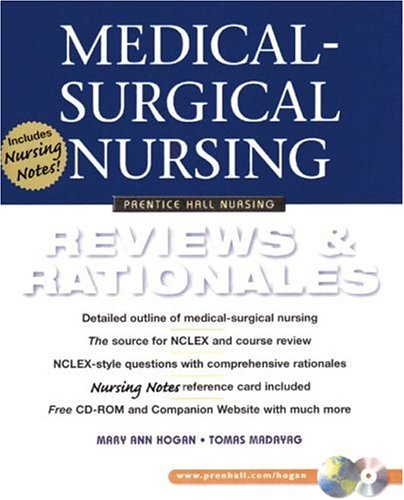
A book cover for Medical-Surgical Nursing: Reviews and Rationales (Prentice Hall Nursing Reviews & Rationales Series); Mary Ann Hogan; Medical Books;